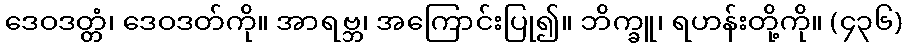
ဒေဝဒတ္တံ၊ ဒေဝဒတ်ကို။ အာရဗ္ဘ၊ အကြောင်းပြု၍။ ဘိက္ခူ၊ ရဟန်းတို့ကို။ (၄၃၆)